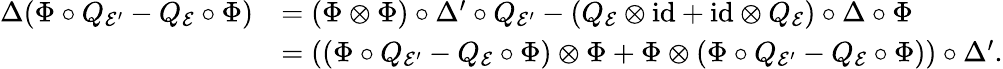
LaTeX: \begin{array}{rl}{\Delta(\Phi\circ Q_{\mathcal{E}^{\prime}}-Q_{\mathcal{E}}\circ\Phi)}&{=(\Phi\otimes\Phi)\circ\Delta^{\prime}\circ Q_{\mathcal{E}^{\prime}}-(Q_{\mathcal{E}}\otimes\mathrm{id}+\mathrm{id}\otimes Q_{\mathcal{E}})\circ\Delta\circ\Phi}\\ &{=\left((\Phi\circ Q_{\mathcal{E}^{\prime}}-Q_{\mathcal{E}}\circ\Phi)\otimes\Phi+\Phi\otimes(\Phi\circ Q_{\mathcal{E}^{\prime}}-Q_{\mathcal{E}}\circ\Phi)\right)\circ\Delta^{\prime}.}\end{array}